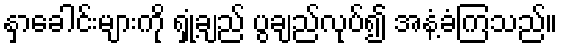
နှာခေါင်းများကို ရှုံ့ချည် ပွချည်လုပ်၍ အနံ့ခံကြသည်။